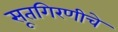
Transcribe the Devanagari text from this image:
सूतगिरणीचे